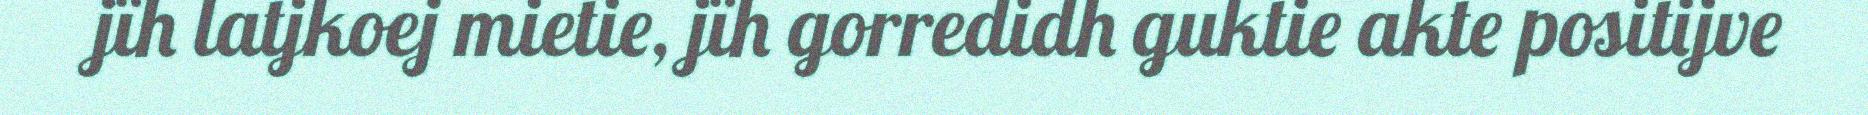
jïh latjkoej mietie, jïh gorredidh guktie akte positijve